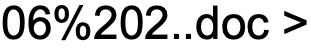
06%202..doc >